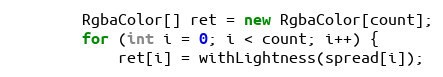
Language: Java
        RgbaColor[] ret = new RgbaColor[count];
        for (int i = 0; i < count; i++) {
            ret[i] = withLightness(spread[i]);